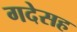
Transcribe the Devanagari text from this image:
गदेसह